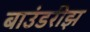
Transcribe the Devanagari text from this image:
बाउंडरीझ